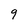
Character: 9